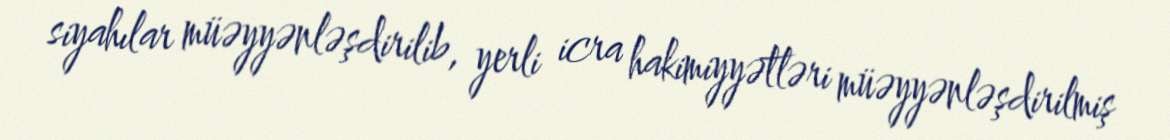
siyahılar müəyyənləşdirilib, yerli icra hakimiyyətləri müəyyənləşdirilmiş